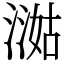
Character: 㵈